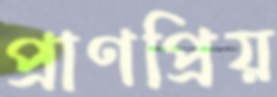
প্রাণপ্রিয়